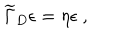
LaTeX: { \widetilde \Gamma } _ { D } \epsilon = \eta \epsilon ~ ,